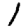
Digit: 1